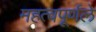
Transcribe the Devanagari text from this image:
महत्वपूर्णले